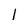
Character: l